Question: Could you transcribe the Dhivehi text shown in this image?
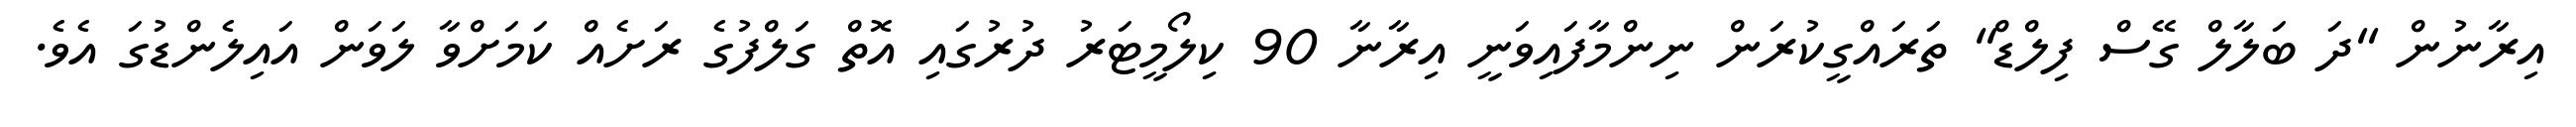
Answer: އިރާނުން "ދަ ބަލާލް ގޭސް ފިލްޑް" ތަރައްގީކުރަން ނިންމާފައިވަނީ އިރާނާ 90 ކިލޯމީޓަރު ދުރުގައި އޮތް ގަލްފުގެ ރަށެއް ކަމަށްވާ ލަވަން އައިލެންޑުގަ އެވެ.